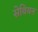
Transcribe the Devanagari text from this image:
सेवियन